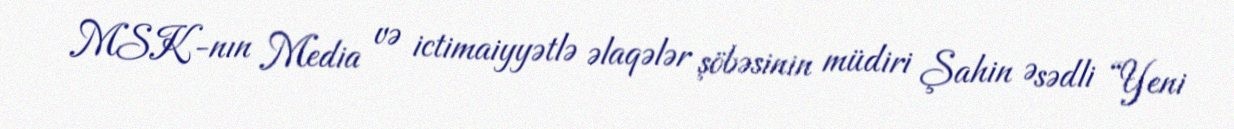
MSK-nın Media və ictimaiyyətlə əlaqələr şöbəsinin müdiri Şahin Əsədli “Yeni